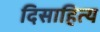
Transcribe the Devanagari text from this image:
दिसाहित्य